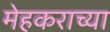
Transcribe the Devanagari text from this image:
मेहकराच्या